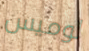
لوميس